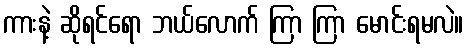
ကားနဲ့ ဆိုရင်ရော ဘယ်လောက် ကြာ ကြာ မောင်းရမလဲ။